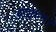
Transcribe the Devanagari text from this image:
आइकन।